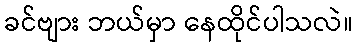
ခင်ဗျား ဘယ်မှာ နေထိုင်ပါသလဲ။